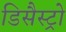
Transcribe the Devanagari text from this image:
डिसैस्ट्रो